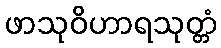
ဖာသုဝိဟာရသုတ္တံ